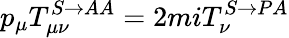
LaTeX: p_{\mu}T_{\mu\nu}^{S\rightarrow AA}=2miT_{\nu}^{S\rightarrow PA}